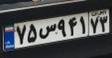
۷۵س۹۴۱۷۳